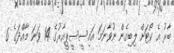
ބާރު އެ ކޯޓަށް ލިބިގެން ނުވާނަމަ އައިސީސީޕީއާރުގެ 14 ވަނަ މާއްދަގެ 6